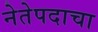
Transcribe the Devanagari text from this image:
नेतेपदाचा